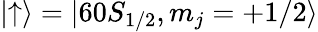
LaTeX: \left|\uparrow\right\rangle=|60S_{1/2},m_{j}=+1/2\rangle